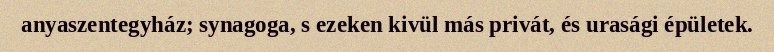
anyaszentegyház; synagoga, s ezeken kivül más privát, és urasági épületek.